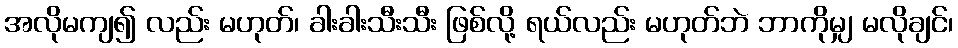
အလိုမကျ၍ လည်း မဟုတ်၊ ခါးခါးသီးသီး ဖြစ်လို့ ရယ်လည်း မဟုတ်ဘဲ ဘာကိုမျှ မလိုချင်၊